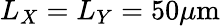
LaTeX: L_{X}=L_{Y}=50\mu\mathrm{m}